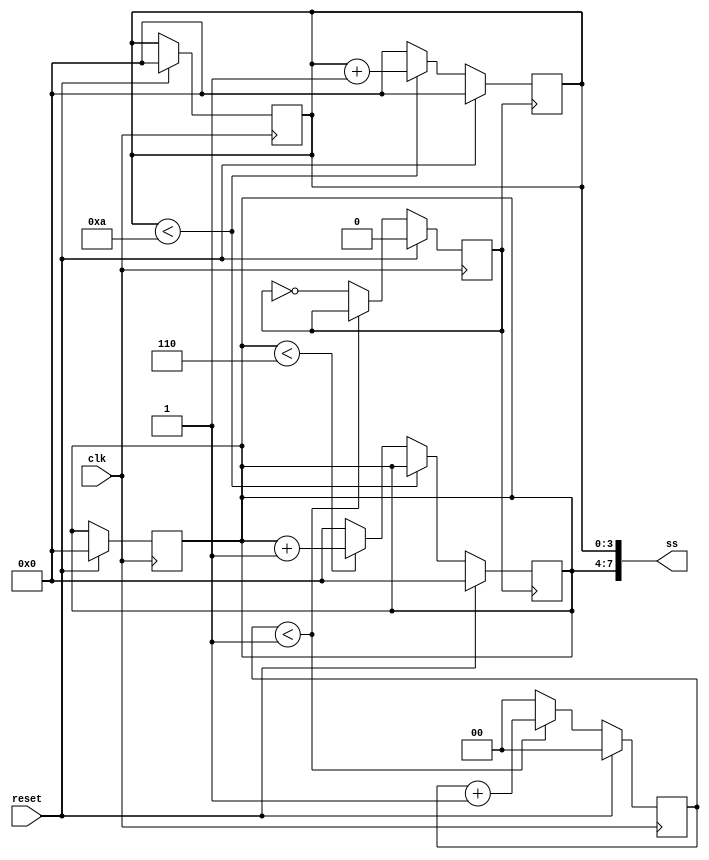
// 
module top_module (
    input  wire       clk,
    input  wire       reset,
    output wire [7:0] ss
);
    reg       clk_div;
    reg [1:0] cnt;
    reg [3:0] bit_l;
    reg [3:0] bit_h;

    // 1s 
    always @(posedge clk) begin
        if (reset) begin
            clk_div <= 1'd0;
            cnt     <= 2'd0;
            bit_l   <= 4'd0;
            bit_h   <= 4'd0;
        end
        // cnt  2  1 clk_div  /  2 
        else begin
            if (cnt < 2'd1) begin
                cnt     <= cnt + 2'b1;
                clk_div <= clk_div;
            end
            else begin
                cnt     <= 2'd0;
                clk_div <= ~clk_div;
            end
        end
    end
    // 
    always @(negedge clk_div) begin
        if (reset) begin
            bit_l <= 4'd0;
            bit_h <= 4'd0;
        end
        else begin
            if (bit_l < 4'd10)
                bit_l <= bit_l + 4'd1;
            else begin
                bit_l <= 4'd0;
                if (bit_h < 4'd6)
                    bit_h <= bit_h + 4'd1;
                else
                    bit_h <= 4'd0;
            end
        end
    end
    assign ss = {bit_h, bit_l};
endmodule